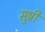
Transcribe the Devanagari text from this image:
सुष्री